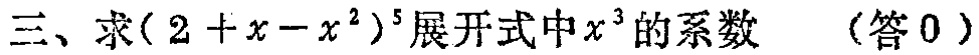
三、求\((2 + x - x^{2})^{5}\)展开式中\(x^{3}\)的系数 （答\(0\)）